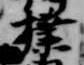
撲